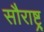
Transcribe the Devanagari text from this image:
सौराष्ट्र्